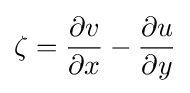
\zeta ={\partial v \over \partial x}-{\partial u \over \partial y}